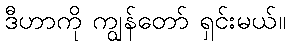
ဒီဟာကို ကျွန်တော် ရှင်းမယ်။